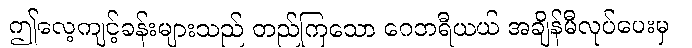
ဤလေ့ကျင့်ခန်းများသည် တည်ကြသော ဂေဘရီယယ် အချိန်မီလုပ်ပေးမှ